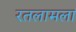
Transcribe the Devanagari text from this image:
रतलामला